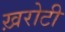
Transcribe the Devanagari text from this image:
ख़रोटी